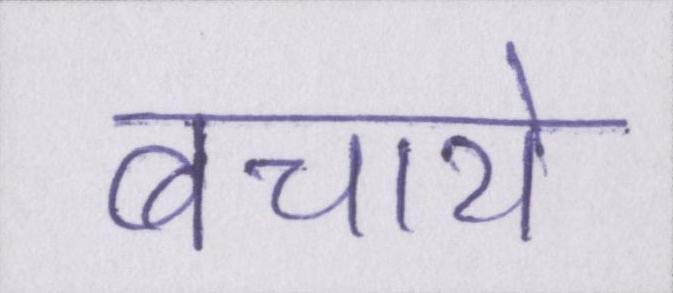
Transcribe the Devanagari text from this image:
बचाये